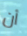
أن